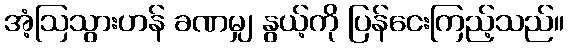
အံ့ဩသွားဟန် ခဏမျှ နွယ့်ကို ပြန်ငေးကြည့်သည်။